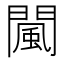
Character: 闏